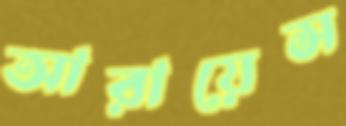
আরায়েস